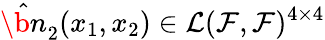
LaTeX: \hat{\b{n}}_{2}(x_{1},x_{2})\in{\cal L}({\cal F},{\cal F})^{4\times 4}